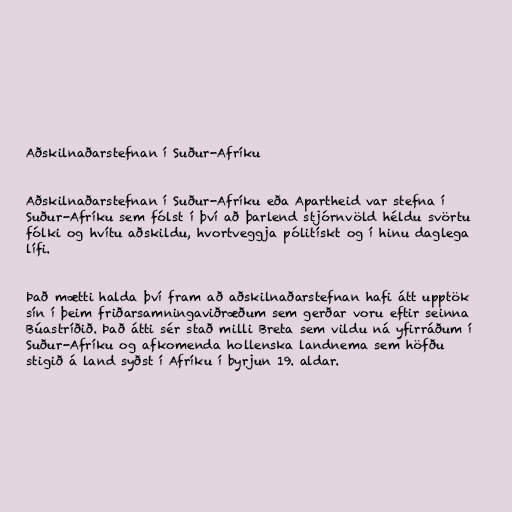
Aðskilnaðarstefnan í Suður-Afríku

Aðskilnaðarstefnan í Suður-Afríku eða Apartheid var stefna í
Suður-Afríku sem fólst í því að þarlend stjórnvöld héldu svörtu
fólki og hvítu aðskildu, hvortveggja pólitískt og í hinu daglega
lífi.

Það mætti halda því fram að aðskilnaðarstefnan hafi átt upptök
sín í þeim friðarsamningaviðræðum sem gerðar voru eftir seinna
Búastríðið. Það átti sér stað milli Breta sem vildu ná yfirráðum í
Suður-Afríku og afkomenda hollenska landnema sem höfðu
stigið á land syðst í Afríku í byrjun 19. aldar.